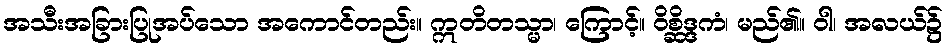
အသီးအခြားပြုအပ်သော အကောင်တည်း။ ဣတိတသ္မာ၊ ကြောင့်။ ဝိစ္ဆိဒ္ဒကံ၊ မည်၏။ ဝါ၊ အလယ်၌